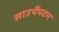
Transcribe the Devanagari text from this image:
साउथैंपटन